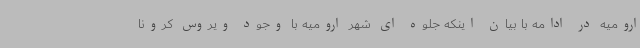
ارومیه در ادامه با بیان اینکه جلوه ای شهر ارومیه با وجود ویروس کرونا